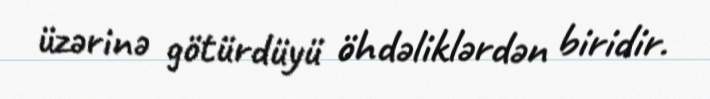
üzərinə götürdüyü öhdəliklərdən biridir.